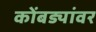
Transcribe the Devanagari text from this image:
कोंबड्यांवर